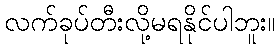
လက်ခုပ်တီးလို့မရနိုင်ပါဘူး။